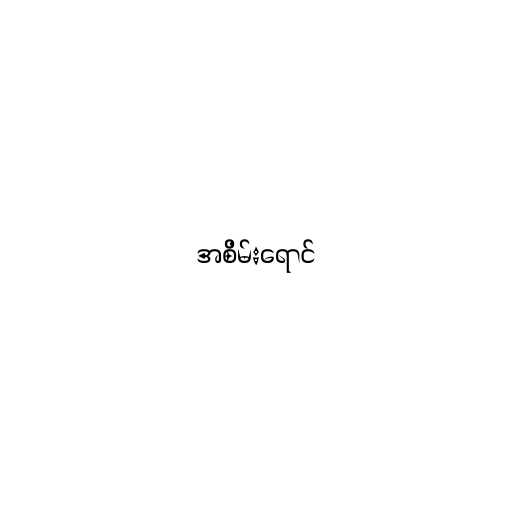
အစိမ်းရောင်